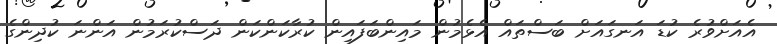
އެއަށްވުރެ ކުޑަ އަނގައަށް ބަސްތައް އެޅެމުން މައިންބަފައިން ކުރާކަންކަން ދަސްކުރަމުން އަންނަ ކުދިންގެ